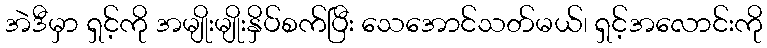
အဲဒီမှာ ရှင့်ကို အမျိုးမျိုးနှိပ်စက်ပြီး သေအောင်သတ်မယ်၊ ရှင့်အလောင်းကို